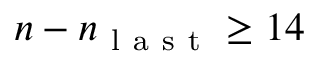
n - n _ { \mathrm { ~ l ~ a ~ s ~ t ~ } } \ge 1 4